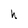
Character: h